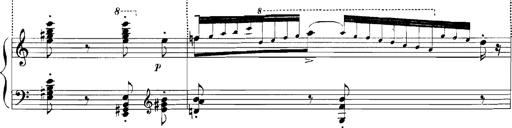
Title: Rhapsodies hongroises
Composer: Franz Liszt